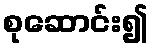
စုဆောင်း၍